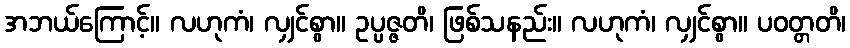
အဘယ်ကြောင့်။ လဟုကံ၊ လျှင်စွာ။ ဥပ္ပဇ္ဇတိ၊ ဖြစ်သနည်း။ လဟုကံ၊ လျှင်စွာ။ ပဝတ္တတိ၊